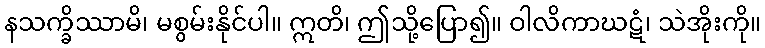
နသက္ခိဿာမိ၊ မစွမ်းနိုင်ပါ။ ဣတိ၊ ဤသို့ပြော၍။ ဝါလိကာဃဋံ၊ သဲအိုးကို။